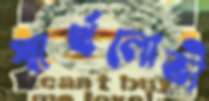
স্বার্থলোভী